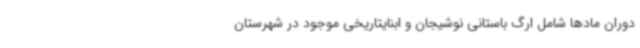
دوران مادها شامل ارگ باستانی نوشیجان و ابنایتاریخی موجود در شهرستان